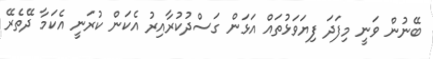
ބޭނުން ވަނީ މިފަދަ ފިޔަވަޅުތައް އަޅަން ގަސްދުކުރާއިރު އެކަން ކުރަނީ އެކަމާ ދޭތެރޭ